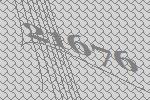
21676